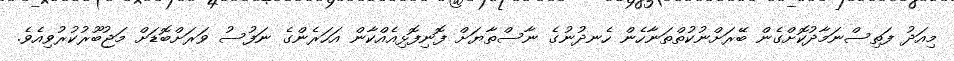
މިއަދު ފަތިސްނަމާދުކޮށްގެން ބޭރަށްނުކުތްތަނާހެން ހެނދުނުގެ ނާސްތާޔަށް ފޮނިފޮޅިއެއްކާން އަހަރެންގެ ނަފުސު ވަރަށްބޮޑަށް މަޖުބޫރުކުރުވިއެވެ.